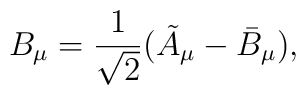
B_{\mu}=\frac{1}{\sqrt{2}}(\tilde{A}_{\mu} - \bar{B}_{\mu}),